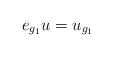
LaTeX: \begin{align*}e_{g_1}u= u_{g_1}\end{align*}